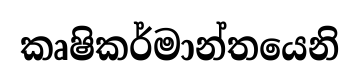
කෘෂිකර්මාන්තයෙනි